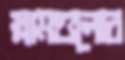
স্লামগুলোর